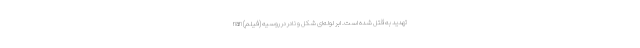
تهدید به قتل شده است. ابر لوله‌ای شکل و نادر در روسیه (فیلم) nan